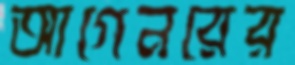
আগেনরের